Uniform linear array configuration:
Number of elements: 24
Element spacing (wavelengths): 0.25
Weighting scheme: binomial
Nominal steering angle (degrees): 45
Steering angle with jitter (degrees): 46.483
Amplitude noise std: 0.05
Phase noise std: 0.05

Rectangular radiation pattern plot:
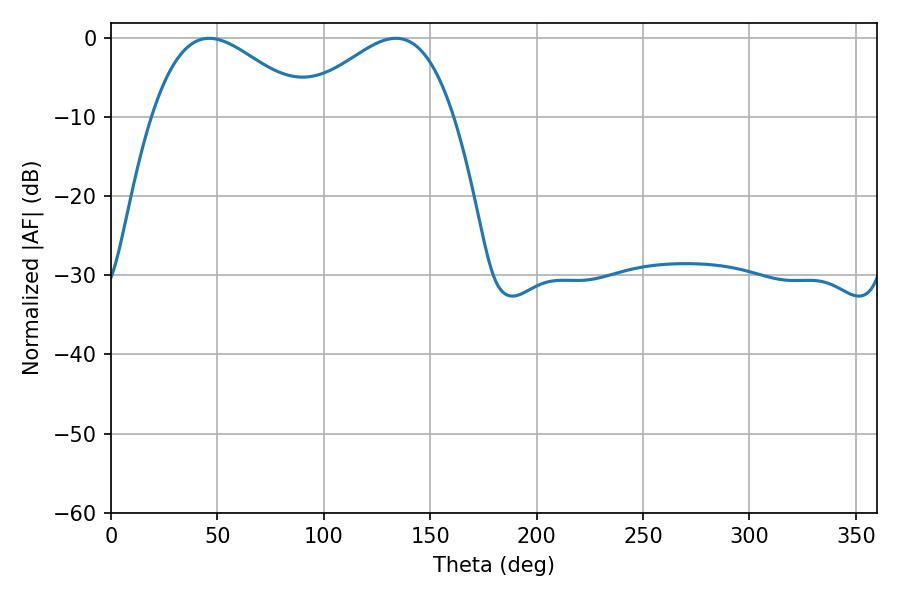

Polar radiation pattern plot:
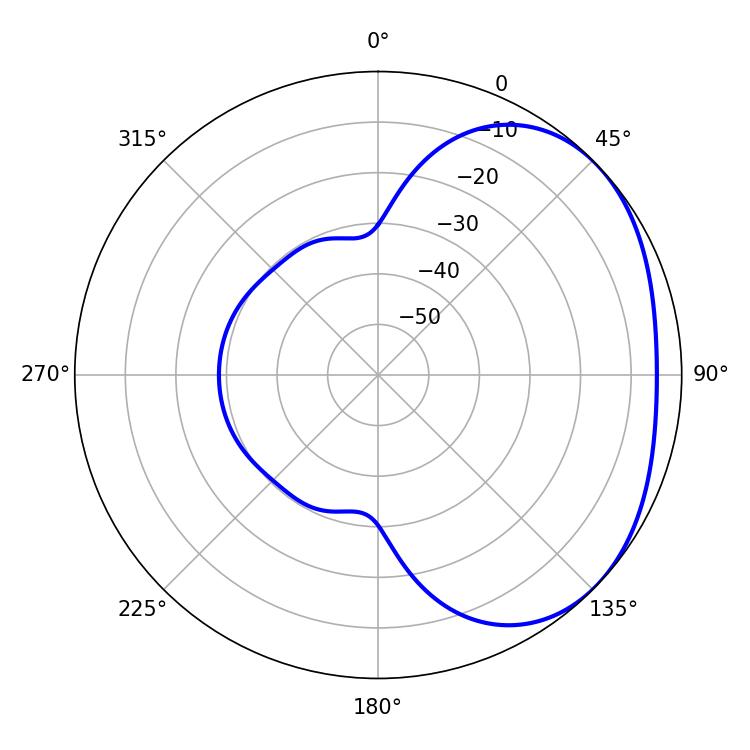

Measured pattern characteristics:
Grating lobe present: FALSE
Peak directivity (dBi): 2.465
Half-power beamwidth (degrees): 39.78
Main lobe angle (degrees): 46.08